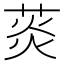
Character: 菼